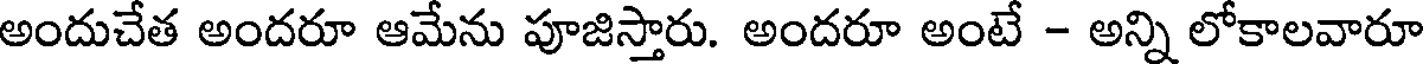
అందుచేత అందరూ ఆమేను పూజిస్తారు. అందరూ అంటే - అన్ని లోకాలవారూ